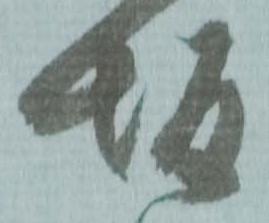
坂